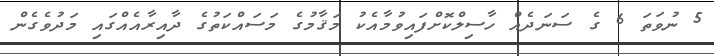
5 ނުވަތަ 6 ގެ ސަނަދެއް ހާސިލްކޮށްފައިވުމާއެކު މަޤާމުގެ މަސައްކަތުގެ ދާއިރާއެއްގައި މަދުވެގެން